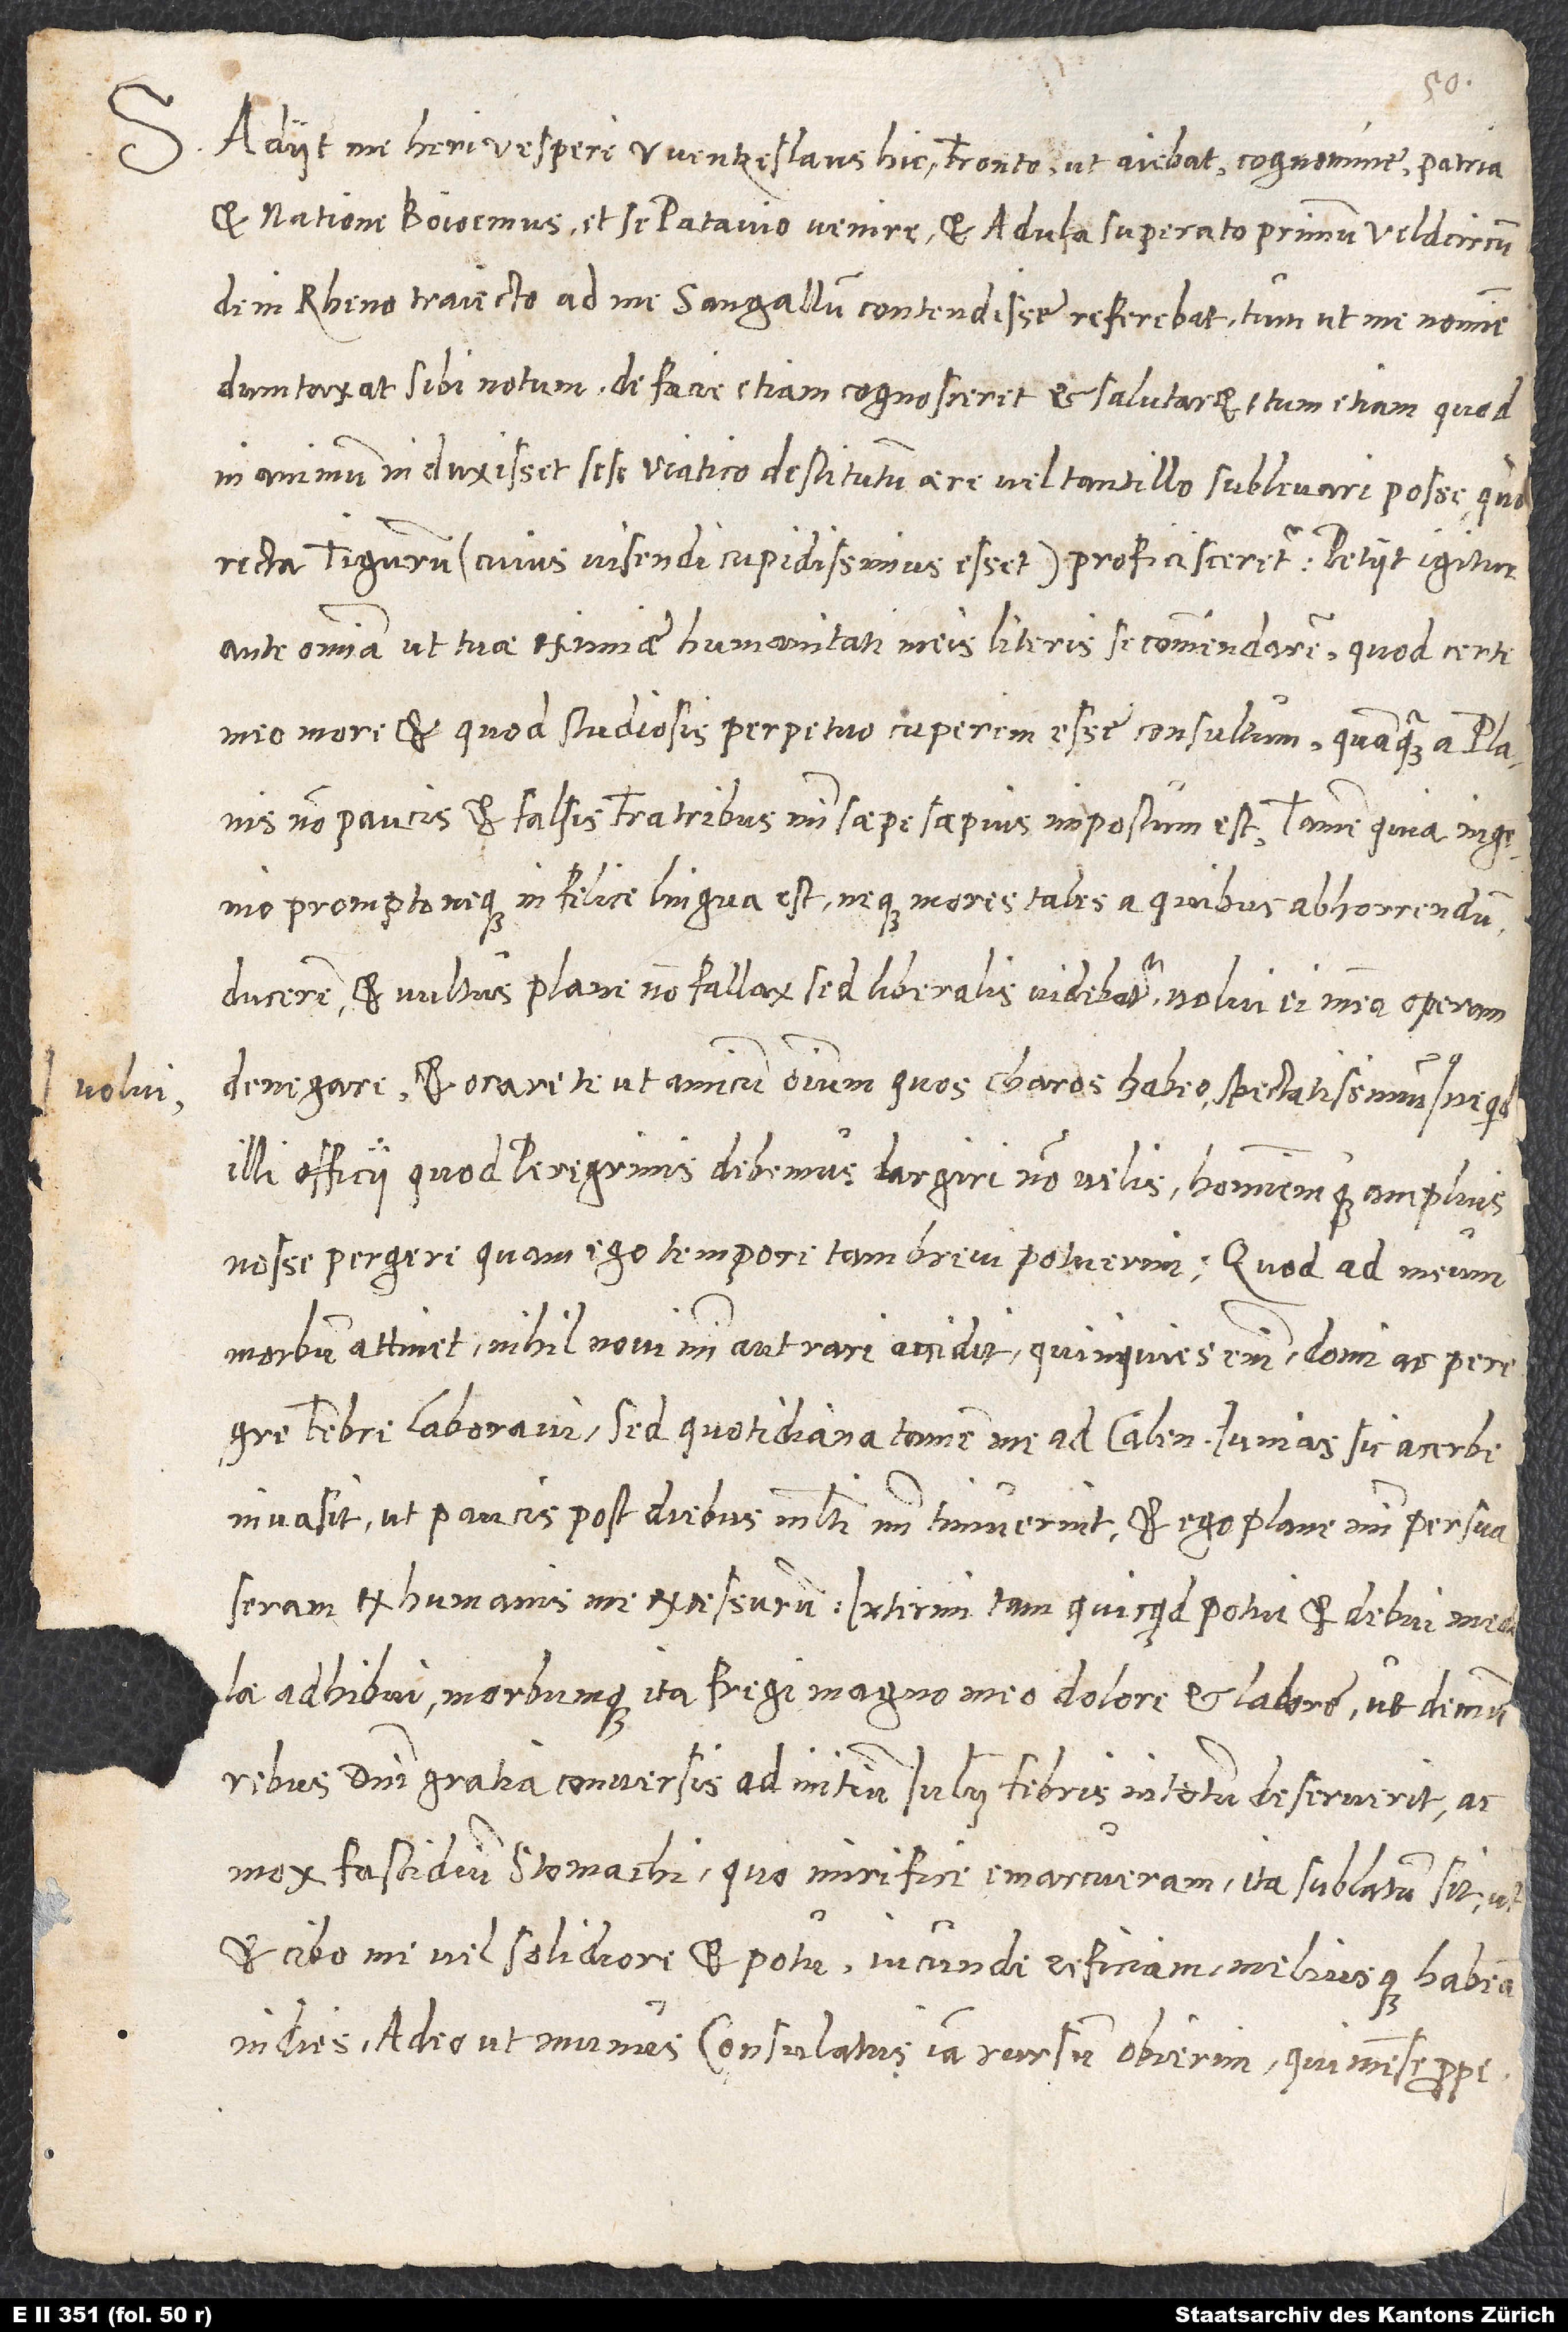
S. Adiit me heri vespere Wentzeslaus hic, Fronto, ut aiebat, cognomine, patria
et natione Boioemus, et se Patavio venire et Adula superato primo Veldcircum,
dein Rheno traiecto ad me Sangallum contendisse referebat, tum ut me nomine
dumtaxat sibi notum de facie etiam cognosceret et salutaret, tum etiam quod
in animum induxisset, sese viatico destitutum aere vel tantillo sublevari posse, quo
recta Tigurum (cuius visendi cupidissimus esset) proficisceretur. Petiit igitur
ante omnia, ut tuae eximiae humanitati meis literis se commendarem, quod certe
meo more et quod studiosis perpetuo cuperem esse consultum, quanquam a planis
non paucis et falsis fratribus mihi saepesaepius impostum est. Tamen, quia ingenio
prompto neque infelice lingua est neque mores tales, a quibus abhorrendum
ducerem, et vultus plane non fallax, sed liberalis videbatur, noli ei meam operam
denegare et orare te ut amicum omnium, quos charos habeo, spectatissimum volui,
illi officii, quod peregrinis debemus, largiri non velis hominemque amplius
nosse pergere, quam ego tempore tam brevi potuerim.
morbum attinet, nihil novi mihi aut rari accidit. Quinquies enim domi ac peregre
febre laboravi, sed quotidiana tamen me ad calendas iunias sic acerbe
invasit, ut paucis post diebus multi mihi timuerint et ego plane mihi persuaseram,
ex humanis me excessurum. Interim tam quicquid potui et debui medelae
adhibui morbumque ita fregi magno meo dolore et labore, ut demum
rebus domini gratia conversis ad initium iulii febris in totum deseruerit ac
mox fastidium stomachi, quo mirifice emarcueram, ita sublatum sit, ut
et cibo me vel solidiore et potu iucunde reficiam meliusque habeam
in dies adeo, ut munus consulatus iam rursum obierim, qui mense prope toto